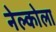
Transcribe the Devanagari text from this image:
नेल्कोला